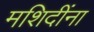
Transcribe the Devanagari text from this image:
मशिदींना